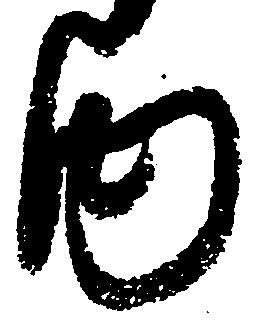
内